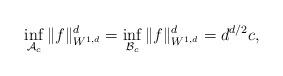
LaTeX: \begin{align*}\inf_{\mathcal{A}_c} \|f\|_{W^{1,d}}^d = \inf_{\mathcal{B}_c} \|f\|_{W^{1,d}}^d = d^{d/2} c,\end{align*}